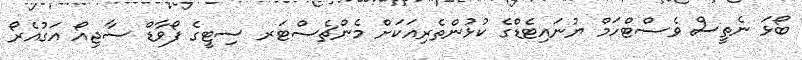
ބޯޅަ ނެތީސް ވެސްޓްހަމް ޔުނައިޓެޑްގެ ކުޅުންތެރިއަކަށް މެންޗެސްޓަރ ސިޓީގެ ފޯވާޑް ސާޖިއޯ އަގުއެރޯ